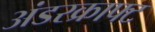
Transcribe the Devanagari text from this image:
अंडरक्राफ्ट